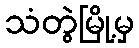
သံတွဲမြို့မှ